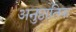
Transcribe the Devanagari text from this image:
अनुष्ठातिक